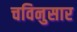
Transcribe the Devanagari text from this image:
चविनुसार